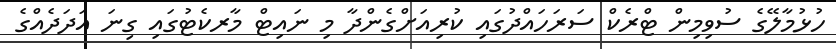
ހުޅުމާލޭގެ ސުވިމިން ޓްރެކް ސަރަހައްދުގައި ކުރިއަށްގެންދާ މި ނައިޓް މާރކެޓުގައި ގިނަ އަދަދެއްގެ